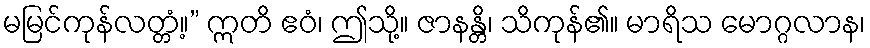
မမြင်ကုန်လတ္တံ့။” ဣတိ ဧဝံ၊ ဤသို့။ ဇာနန္တိ၊ သိကုန်၏။ မာရိသ မောဂ္ဂလာန၊